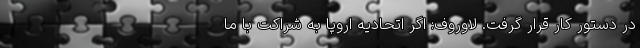
در دستور کار قرار گرفت. لاوروف: اگر اتحادیه اروپا به شراکت با ما